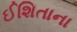
ઈશિતાના